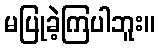
မပြုခဲ့ကြပါဘူး။